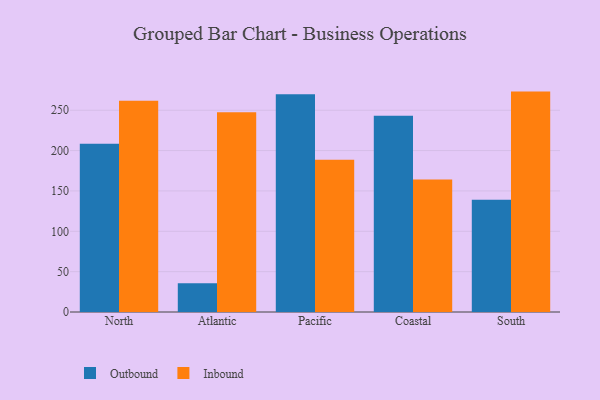
{"axis": {"x": "Region", "y": "LTV (USD)"}, "legend": ["Inbound", "Outbound"], "data": [{"x": "North", "y": 208.4, "type": "Outbound"}, {"x": "North", "y": 261.8, "type": "Inbound"}, {"x": "Atlantic", "y": 35.5, "type": "Outbound"}, {"x": "Atlantic", "y": 247.6, "type": "Inbound"}, {"x": "Pacific", "y": 269.9, "type": "Outbound"}, {"x": "Pacific", "y": 188.5, "type": "Inbound"}, {"x": "Coastal", "y": 243.1, "type": "Outbound"}, {"x": "Coastal", "y": 164.2, "type": "Inbound"}, {"x": "South", "y": 139.1, "type": "Outbound"}, {"x": "South", "y": 273.1, "type": "Inbound"}]}